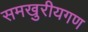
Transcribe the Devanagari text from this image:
समखुरीयगण